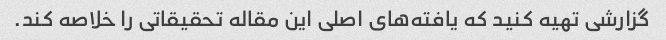
گزارشی تهیه کنید که یافته‌های اصلی این مقاله تحقیقاتی را خلاصه کند.